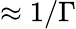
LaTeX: \approx 1/\Gamma